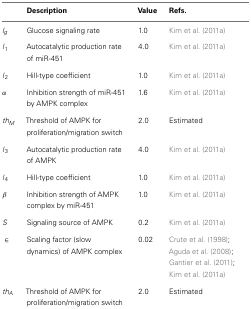
<table><thead><tr><td></td><td><b>Description</b></td><td><b>Value</b></td><td><b>Refs.</b></td></tr></thead><tbody><tr><td><i>l<sub>g</sub></i></td><td>Glucose signaling rate</td><td>1.0</td><td>Kim et al. (2011a)</td></tr><tr><td><i>l</i><sub>1</sub></td><td>Autocatalytic production rate of miR-451</td><td>4.0</td><td>Kim et al. (2011a)</td></tr><tr><td><i>l</i><sub>2</sub></td><td>Hill-type coefficient</td><td>1.0</td><td>Kim et al. (2011a)</td></tr><tr><td><i>α</i></td><td>Inhibition strength of miR-451 by AMPK complex</td><td>1.6</td><td>Kim et al. (2011a)</td></tr><tr><td><i>th<sub>M</sub></i></td><td>Threshold of AMPK for proliferation/migration switch</td><td>2.0</td><td>Estimated</td></tr><tr><td><i>l</i><sub>3</sub></td><td>Autocatalytic production rate of AMPK</td><td>4.0</td><td>Kim et al. (2011a)</td></tr><tr><td><i>l</i><sub>4</sub></td><td>Hill-type coefficient</td><td>1.0</td><td>Kim et al. (2011a)</td></tr><tr><td><i>β</i></td><td>Inhibition strength of AMPK complex by miR-451</td><td>1.0</td><td>Kim et al. (2011a)</td></tr><tr><td><i>S</i></td><td>Signaling source of AMPK</td><td>0.2</td><td>Kim et al. (2011a)</td></tr><tr><td><i>∈</i></td><td>Scaling factor (slow dynamics) of AMPK complex</td><td>0.02</td><td>Crute et al. (1998); Aguda et al. (2008); Gantier et al. (2011); Kim et al. (2011a)</td></tr><tr><td><i>th<sub>A</sub></i></td><td>Threshold of AMPK for proliferation/migration switch</td><td>2.0</td><td>Estimated</td></tr></tbody></table>